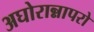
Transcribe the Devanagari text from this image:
अघोरान्नापरो